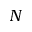
N